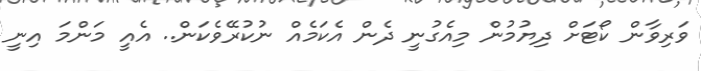
ވަރިވާން ކޯޓަށް ދިޔުމުން މިއެގުނީ ދެން އެކަމެއް ނުކުރޭވެކަން.. އެއީ މަންމަ އިނީ